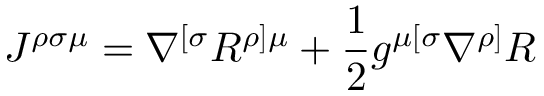
J ^ { \rho \sigma \mu } = \nabla ^ { [ \sigma } R ^ { \rho ] \mu } + \frac { 1 } { 2 } g ^ { \mu [ \sigma } \nabla ^ { \rho ] } R